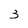
Character: 3